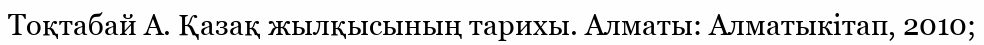
Тоқтабай А. Қазақ жылқысының тарихы. Алматы: Алматыкітап, 2010;